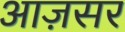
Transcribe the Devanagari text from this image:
आज़सर